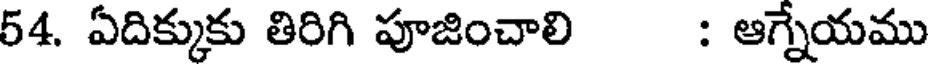
54. ఏదిక్కుకు తిరిగి పూజించాలి : ఆగ్నేయము